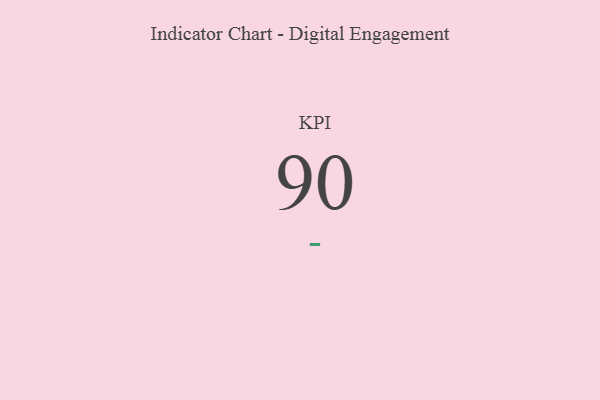
{"axis": {"x": "KPI", "y": "Value"}, "legend": [""], "data": [{"x": "KPI", "y": 90, "type": ""}]}